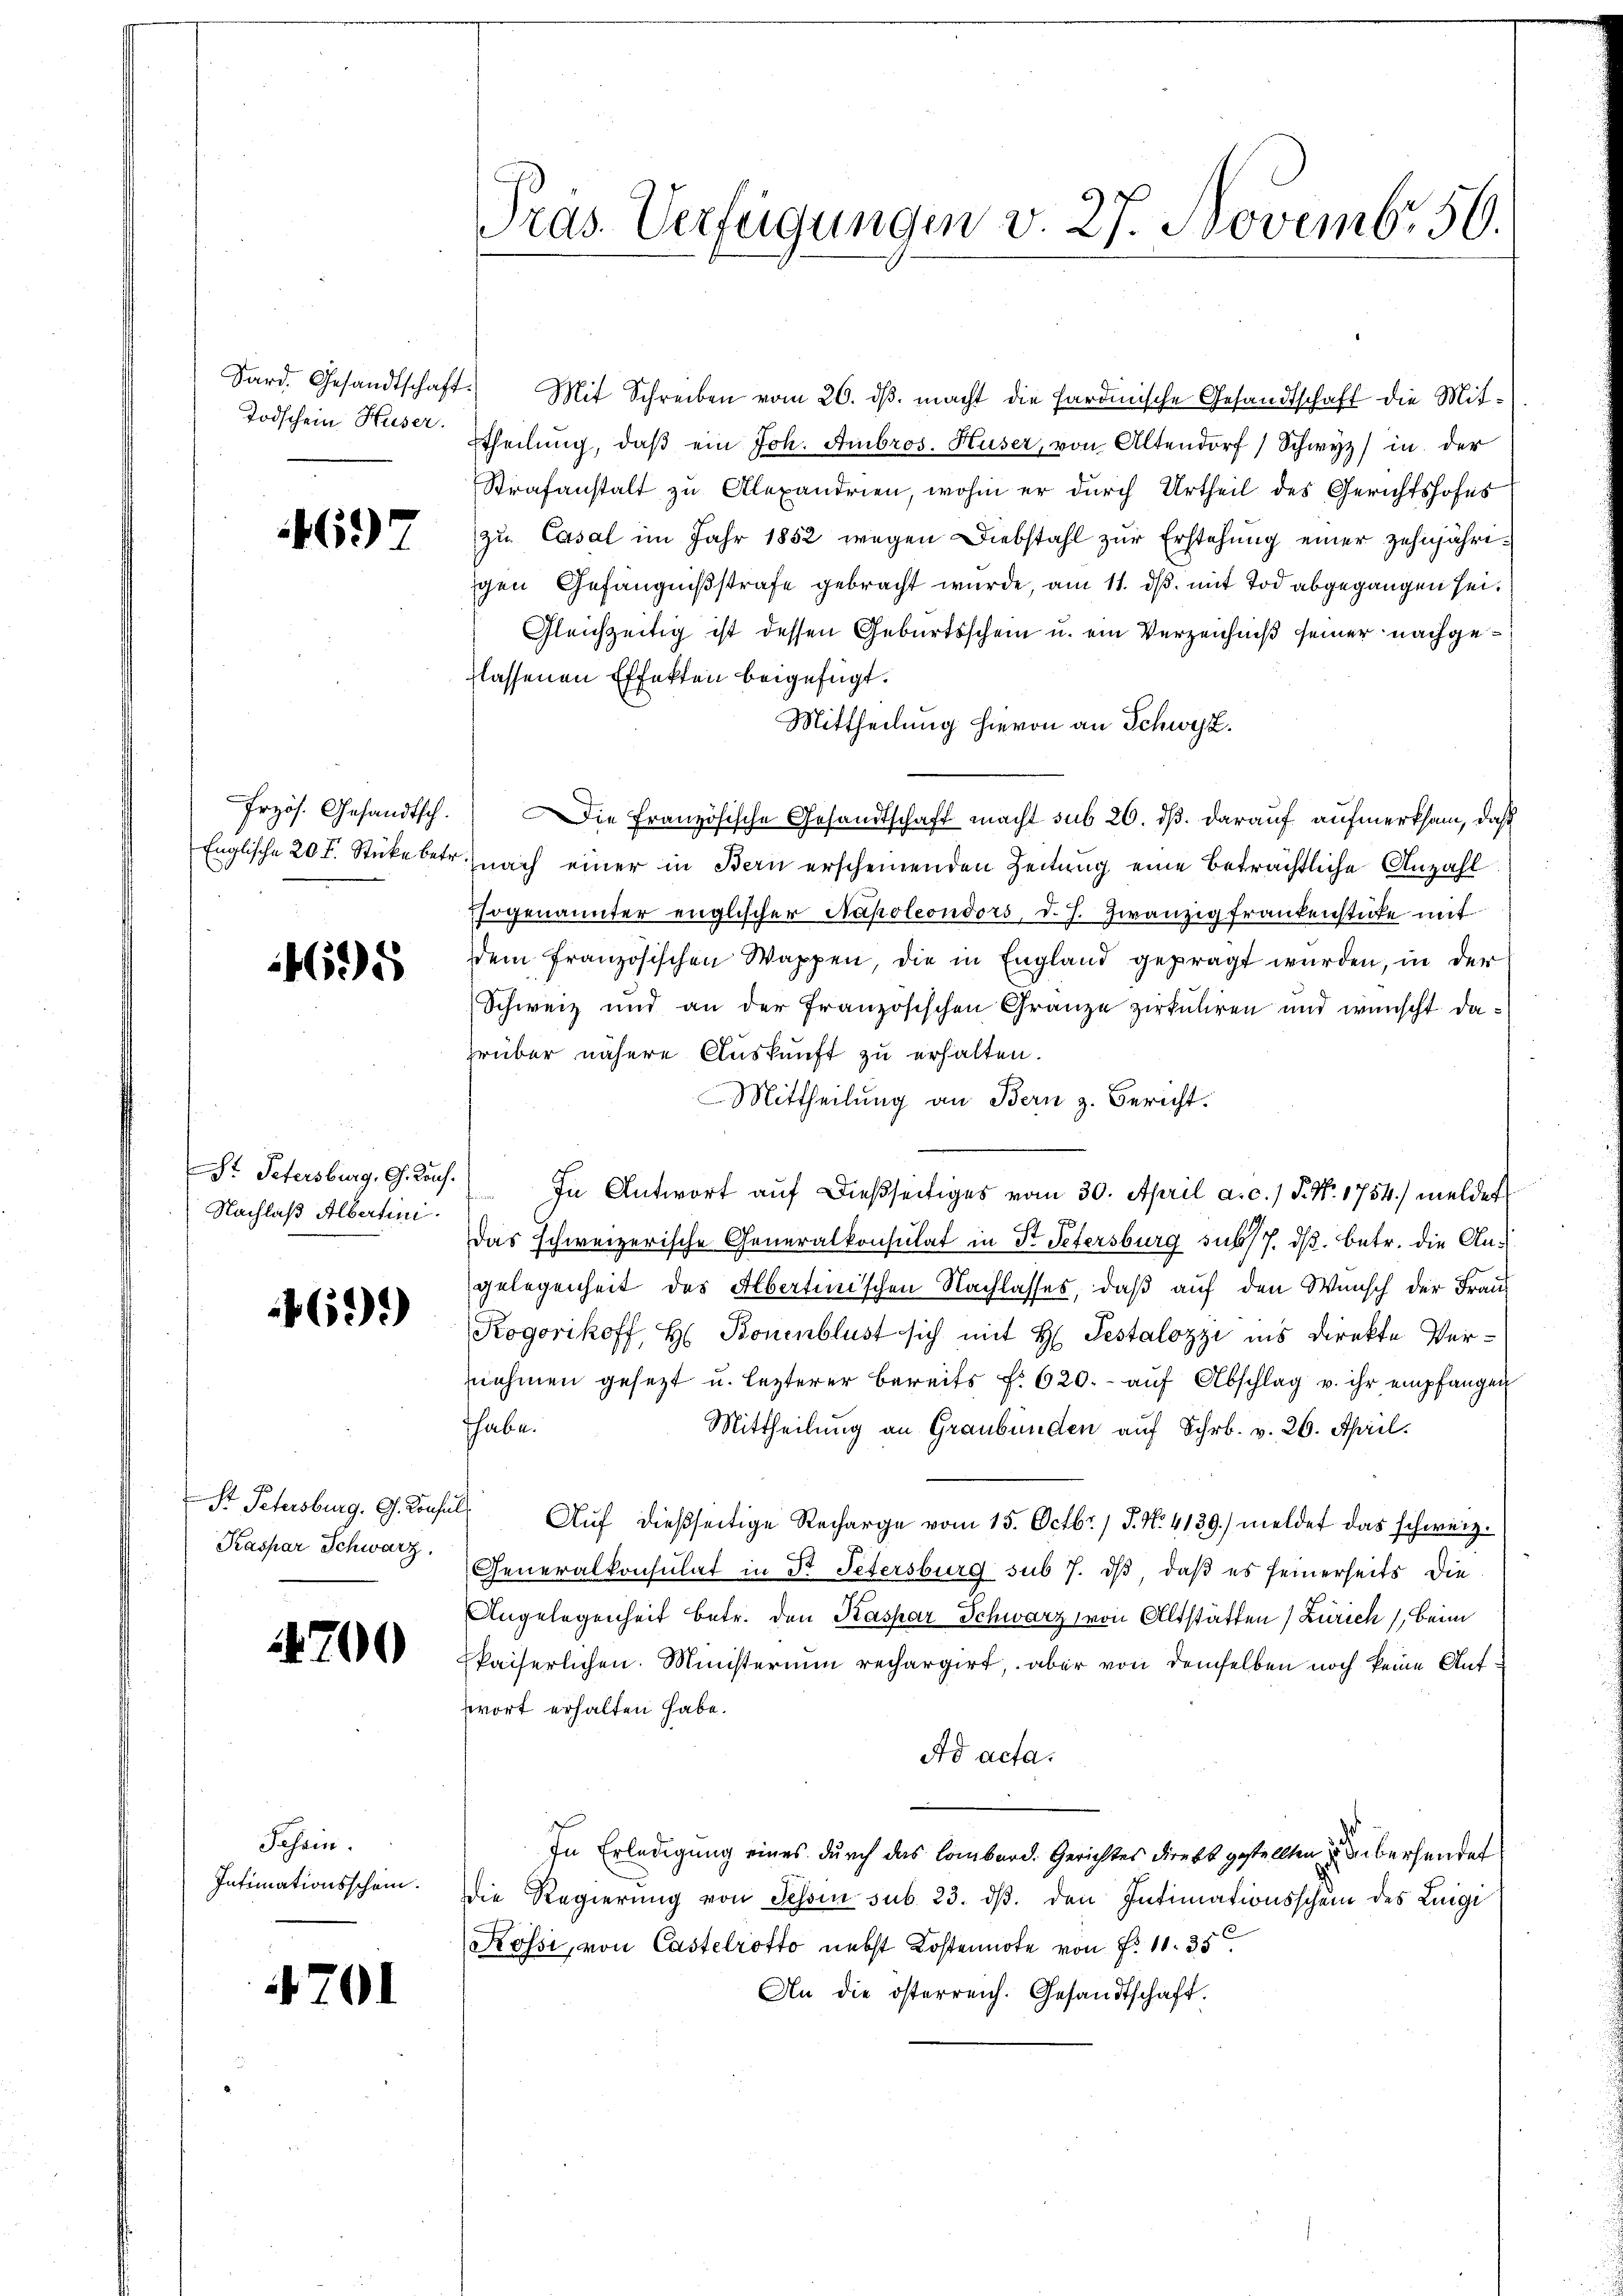
Todschein Huser.

697

Przös. Gesandtsch.
Englische 20 F. Stücke betr.

45

Nachlaß Albertini.

461)

St Petersburg. Gs. Konfus
Kaspar Schwarz,

700

Schein.
Intimationsschein.

701

Pras. Verfügungen v. 27. Novembr. 50.

Sard. Gesandtschaft. Mit Schreiben vom 26. dβ. macht die Fardinische Gesandtschaft die Mit-
Etheilung, daß ein Joh. Ambros. Huser, von Altendorf) Schwyz in der
Strafanstalt zu Alexandrien, wohin er durch Urtheil des Gerichtshofes
zu Casal im Jahr 1852 wegen Diebstahl zur Erstehung einer zehnjährigen Gefängnißstrafe gebracht wurde, am 11. ds. mit Tod abgegangen sei.
Gleichzeitig ist dessen Geburtsschein u. ein Verzeichniß seiner nachgeflassenen Effekten beigefügt.
Mittheilung hievon an Schwyz.
Die französische Gesandtschaft macht sub 26. dß. darauf aufmerksam, daß
nach einer in Bern erscheinenden Zeitung eine beträchtliche Anzahl
sogenannter englischer Napoleondors, d. J. Zwanzig frankenstücke mit
ddem französischen Wappen, die in England geprägt wurden, in der
Schweiz und an der französischen Granze zirkuliren und wünscht darüber nähere Auskunft zu erhalten.
Mittheilung an Bern z. Bericht.
S. Petersburg, G. Kons.) In Antwort aŭf dießseitiges vom 30. April a. c., S. Nr. 1754) meldet
Das schweizerische Generalkonsulat in Dr. Petersburg sub 17. ds. betr. die Angelegenheit des Albertinischen Nachlasses, daß auf den Wunsch der Frau
Kogorikoff, H. Bonenblust sich mit H. Testalozzi ins Direkte Vernehmen gesetzt u. lezterer bereits f. 620.- aŭf Abschlag u. ihr empfangen
thabe.
Mittheilung an Graubünden auf Schr. v. 26. April.
2. Auf dießseitige Recharge vom 15. Octbr. / 5. No. 4139) meldet das schweiz.
Generalkonsulat in Dr. Petersburg sub 7. dβ, daß es seinerseits die
Angelegenheit betr. den Kaspar Schwarz von Altstätten (Zürich), beim
kaiserlichen. Ministerium rechargirt, aber von demselben noch keine Aufwort erhalten habe.
Ad acta.
In Erledigung eines durch das Lombard. Gerichtes direkt gestellten zu überhandet
die Regierung von Tessin sub. 23. ds. den Intimationsschein des Luigi
Rossi, von Castelrotto nebst Kostennote von P. 11. 35
An die österreich. Gesandtschaft.